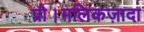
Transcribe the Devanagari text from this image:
प्रो।मलिकज़ादा